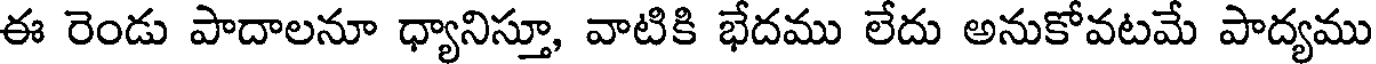
ఈ రెండు పాదాలనూ ధ్యానిస్తూ, వాటికి భేదము లేదు అనుకోవటమే పాద్యము